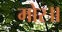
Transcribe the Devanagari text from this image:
मोर॥